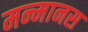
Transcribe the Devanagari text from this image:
मन्मानस